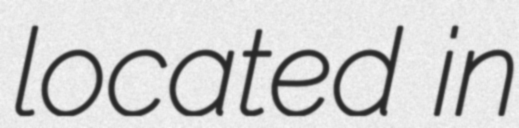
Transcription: located in